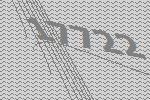
17722